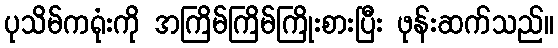
ပုသိမ်ကရုံးကို အကြိမ်ကြိမ်ကြိုးစားပြီး ဖုန်းဆက်သည်။